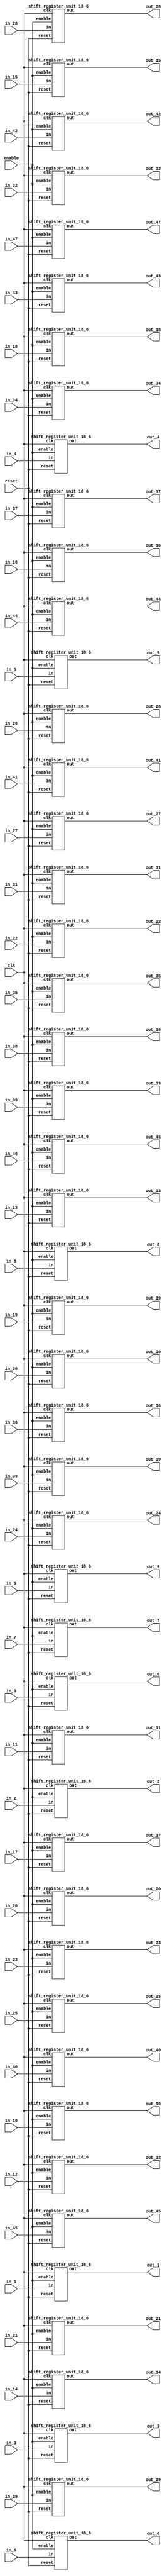
`define SIMULATION_MEMORY

module shift_register_group_18_48_6 (
	input clk,
	input enable,
	input [17:0] in_0,
	output [17:0] out_0,
	input [17:0] in_1,
	output [17:0] out_1,
	input [17:0] in_2,
	output [17:0] out_2,
	input [17:0] in_3,
	output [17:0] out_3,
	input [17:0] in_4,
	output [17:0] out_4,
	input [17:0] in_5,
	output [17:0] out_5,
	input [17:0] in_6,
	output [17:0] out_6,
	input [17:0] in_7,
	output [17:0] out_7,
	input [17:0] in_8,
	output [17:0] out_8,
	input [17:0] in_9,
	output [17:0] out_9,
	input [17:0] in_10,
	output [17:0] out_10,
	input [17:0] in_11,
	output [17:0] out_11,
	input [17:0] in_12,
	output [17:0] out_12,
	input [17:0] in_13,
	output [17:0] out_13,
	input [17:0] in_14,
	output [17:0] out_14,
	input [17:0] in_15,
	output [17:0] out_15,
	input [17:0] in_16,
	output [17:0] out_16,
	input [17:0] in_17,
	output [17:0] out_17,
	input [17:0] in_18,
	output [17:0] out_18,
	input [17:0] in_19,
	output [17:0] out_19,
	input [17:0] in_20,
	output [17:0] out_20,
	input [17:0] in_21,
	output [17:0] out_21,
	input [17:0] in_22,
	output [17:0] out_22,
	input [17:0] in_23,
	output [17:0] out_23,
	input [17:0] in_24,
	output [17:0] out_24,
	input [17:0] in_25,
	output [17:0] out_25,
	input [17:0] in_26,
	output [17:0] out_26,
	input [17:0] in_27,
	output [17:0] out_27,
	input [17:0] in_28,
	output [17:0] out_28,
	input [17:0] in_29,
	output [17:0] out_29,
	input [17:0] in_30,
	output [17:0] out_30,
	input [17:0] in_31,
	output [17:0] out_31,
	input [17:0] in_32,
	output [17:0] out_32,
	input [17:0] in_33,
	output [17:0] out_33,
	input [17:0] in_34,
	output [17:0] out_34,
	input [17:0] in_35,
	output [17:0] out_35,
	input [17:0] in_36,
	output [17:0] out_36,
	input [17:0] in_37,
	output [17:0] out_37,
	input [17:0] in_38,
	output [17:0] out_38,
	input [17:0] in_39,
	output [17:0] out_39,
	input [17:0] in_40,
	output [17:0] out_40,
	input [17:0] in_41,
	output [17:0] out_41,
	input [17:0] in_42,
	output [17:0] out_42,
	input [17:0] in_43,
	output [17:0] out_43,
	input [17:0] in_44,
	output [17:0] out_44,
	input [17:0] in_45,
	output [17:0] out_45,
	input [17:0] in_46,
	output [17:0] out_46,
	input [17:0] in_47,
	output [17:0] out_47,
	input reset
);

shift_register_unit_18_6 shift_register_unit_18_6_inst_0 (
	.clk(clk),
	.reset(reset),
	.enable(enable),
	.in(in_0),
	.out(out_0)
);

shift_register_unit_18_6 shift_register_unit_18_6_inst_1 (
	.clk(clk),
	.reset(reset),
	.enable(enable),
	.in(in_1),
	.out(out_1)
);

shift_register_unit_18_6 shift_register_unit_18_6_inst_2 (
	.clk(clk),
	.reset(reset),
	.enable(enable),
	.in(in_2),
	.out(out_2)
);

shift_register_unit_18_6 shift_register_unit_18_6_inst_3 (
	.clk(clk),
	.reset(reset),
	.enable(enable),
	.in(in_3),
	.out(out_3)
);

shift_register_unit_18_6 shift_register_unit_18_6_inst_4 (
	.clk(clk),
	.reset(reset),
	.enable(enable),
	.in(in_4),
	.out(out_4)
);

shift_register_unit_18_6 shift_register_unit_18_6_inst_5 (
	.clk(clk),
	.reset(reset),
	.enable(enable),
	.in(in_5),
	.out(out_5)
);

shift_register_unit_18_6 shift_register_unit_18_6_inst_6 (
	.clk(clk),
	.reset(reset),
	.enable(enable),
	.in(in_6),
	.out(out_6)
);

shift_register_unit_18_6 shift_register_unit_18_6_inst_7 (
	.clk(clk),
	.reset(reset),
	.enable(enable),
	.in(in_7),
	.out(out_7)
);

shift_register_unit_18_6 shift_register_unit_18_6_inst_8 (
	.clk(clk),
	.reset(reset),
	.enable(enable),
	.in(in_8),
	.out(out_8)
);

shift_register_unit_18_6 shift_register_unit_18_6_inst_9 (
	.clk(clk),
	.reset(reset),
	.enable(enable),
	.in(in_9),
	.out(out_9)
);

shift_register_unit_18_6 shift_register_unit_18_6_inst_10 (
	.clk(clk),
	.reset(reset),
	.enable(enable),
	.in(in_10),
	.out(out_10)
);

shift_register_unit_18_6 shift_register_unit_18_6_inst_11 (
	.clk(clk),
	.reset(reset),
	.enable(enable),
	.in(in_11),
	.out(out_11)
);

shift_register_unit_18_6 shift_register_unit_18_6_inst_12 (
	.clk(clk),
	.reset(reset),
	.enable(enable),
	.in(in_12),
	.out(out_12)
);

shift_register_unit_18_6 shift_register_unit_18_6_inst_13 (
	.clk(clk),
	.reset(reset),
	.enable(enable),
	.in(in_13),
	.out(out_13)
);

shift_register_unit_18_6 shift_register_unit_18_6_inst_14 (
	.clk(clk),
	.reset(reset),
	.enable(enable),
	.in(in_14),
	.out(out_14)
);

shift_register_unit_18_6 shift_register_unit_18_6_inst_15 (
	.clk(clk),
	.reset(reset),
	.enable(enable),
	.in(in_15),
	.out(out_15)
);

shift_register_unit_18_6 shift_register_unit_18_6_inst_16 (
	.clk(clk),
	.reset(reset),
	.enable(enable),
	.in(in_16),
	.out(out_16)
);

shift_register_unit_18_6 shift_register_unit_18_6_inst_17 (
	.clk(clk),
	.reset(reset),
	.enable(enable),
	.in(in_17),
	.out(out_17)
);

shift_register_unit_18_6 shift_register_unit_18_6_inst_18 (
	.clk(clk),
	.reset(reset),
	.enable(enable),
	.in(in_18),
	.out(out_18)
);

shift_register_unit_18_6 shift_register_unit_18_6_inst_19 (
	.clk(clk),
	.reset(reset),
	.enable(enable),
	.in(in_19),
	.out(out_19)
);

shift_register_unit_18_6 shift_register_unit_18_6_inst_20 (
	.clk(clk),
	.reset(reset),
	.enable(enable),
	.in(in_20),
	.out(out_20)
);

shift_register_unit_18_6 shift_register_unit_18_6_inst_21 (
	.clk(clk),
	.reset(reset),
	.enable(enable),
	.in(in_21),
	.out(out_21)
);

shift_register_unit_18_6 shift_register_unit_18_6_inst_22 (
	.clk(clk),
	.reset(reset),
	.enable(enable),
	.in(in_22),
	.out(out_22)
);

shift_register_unit_18_6 shift_register_unit_18_6_inst_23 (
	.clk(clk),
	.reset(reset),
	.enable(enable),
	.in(in_23),
	.out(out_23)
);

shift_register_unit_18_6 shift_register_unit_18_6_inst_24 (
	.clk(clk),
	.reset(reset),
	.enable(enable),
	.in(in_24),
	.out(out_24)
);

shift_register_unit_18_6 shift_register_unit_18_6_inst_25 (
	.clk(clk),
	.reset(reset),
	.enable(enable),
	.in(in_25),
	.out(out_25)
);

shift_register_unit_18_6 shift_register_unit_18_6_inst_26 (
	.clk(clk),
	.reset(reset),
	.enable(enable),
	.in(in_26),
	.out(out_26)
);

shift_register_unit_18_6 shift_register_unit_18_6_inst_27 (
	.clk(clk),
	.reset(reset),
	.enable(enable),
	.in(in_27),
	.out(out_27)
);

shift_register_unit_18_6 shift_register_unit_18_6_inst_28 (
	.clk(clk),
	.reset(reset),
	.enable(enable),
	.in(in_28),
	.out(out_28)
);

shift_register_unit_18_6 shift_register_unit_18_6_inst_29 (
	.clk(clk),
	.reset(reset),
	.enable(enable),
	.in(in_29),
	.out(out_29)
);

shift_register_unit_18_6 shift_register_unit_18_6_inst_30 (
	.clk(clk),
	.reset(reset),
	.enable(enable),
	.in(in_30),
	.out(out_30)
);

shift_register_unit_18_6 shift_register_unit_18_6_inst_31 (
	.clk(clk),
	.reset(reset),
	.enable(enable),
	.in(in_31),
	.out(out_31)
);

shift_register_unit_18_6 shift_register_unit_18_6_inst_32 (
	.clk(clk),
	.reset(reset),
	.enable(enable),
	.in(in_32),
	.out(out_32)
);

shift_register_unit_18_6 shift_register_unit_18_6_inst_33 (
	.clk(clk),
	.reset(reset),
	.enable(enable),
	.in(in_33),
	.out(out_33)
);

shift_register_unit_18_6 shift_register_unit_18_6_inst_34 (
	.clk(clk),
	.reset(reset),
	.enable(enable),
	.in(in_34),
	.out(out_34)
);

shift_register_unit_18_6 shift_register_unit_18_6_inst_35 (
	.clk(clk),
	.reset(reset),
	.enable(enable),
	.in(in_35),
	.out(out_35)
);

shift_register_unit_18_6 shift_register_unit_18_6_inst_36 (
	.clk(clk),
	.reset(reset),
	.enable(enable),
	.in(in_36),
	.out(out_36)
);

shift_register_unit_18_6 shift_register_unit_18_6_inst_37 (
	.clk(clk),
	.reset(reset),
	.enable(enable),
	.in(in_37),
	.out(out_37)
);

shift_register_unit_18_6 shift_register_unit_18_6_inst_38 (
	.clk(clk),
	.reset(reset),
	.enable(enable),
	.in(in_38),
	.out(out_38)
);

shift_register_unit_18_6 shift_register_unit_18_6_inst_39 (
	.clk(clk),
	.reset(reset),
	.enable(enable),
	.in(in_39),
	.out(out_39)
);

shift_register_unit_18_6 shift_register_unit_18_6_inst_40 (
	.clk(clk),
	.reset(reset),
	.enable(enable),
	.in(in_40),
	.out(out_40)
);

shift_register_unit_18_6 shift_register_unit_18_6_inst_41 (
	.clk(clk),
	.reset(reset),
	.enable(enable),
	.in(in_41),
	.out(out_41)
);

shift_register_unit_18_6 shift_register_unit_18_6_inst_42 (
	.clk(clk),
	.reset(reset),
	.enable(enable),
	.in(in_42),
	.out(out_42)
);

shift_register_unit_18_6 shift_register_unit_18_6_inst_43 (
	.clk(clk),
	.reset(reset),
	.enable(enable),
	.in(in_43),
	.out(out_43)
);

shift_register_unit_18_6 shift_register_unit_18_6_inst_44 (
	.clk(clk),
	.reset(reset),
	.enable(enable),
	.in(in_44),
	.out(out_44)
);

shift_register_unit_18_6 shift_register_unit_18_6_inst_45 (
	.clk(clk),
	.reset(reset),
	.enable(enable),
	.in(in_45),
	.out(out_45)
);

shift_register_unit_18_6 shift_register_unit_18_6_inst_46 (
	.clk(clk),
	.reset(reset),
	.enable(enable),
	.in(in_46),
	.out(out_46)
);

shift_register_unit_18_6 shift_register_unit_18_6_inst_47 (
	.clk(clk),
	.reset(reset),
	.enable(enable),
	.in(in_47),
	.out(out_47)
);

endmodule
module shift_register_unit_18_6 (
	input clk,
	input reset,
	input enable,
	input [17:0] in,
	output [17:0] out
);

reg [17:0] shift_registers_0;
reg [17:0] shift_registers_1;
reg [17:0] shift_registers_2;
reg [17:0] shift_registers_3;
reg [17:0] shift_registers_4;
reg [17:0] shift_registers_5;
always @ (posedge clk) begin
	if (reset) begin
		shift_registers_0 <= 18'd0;
		shift_registers_1 <= 18'd0;
		shift_registers_2 <= 18'd0;
		shift_registers_3 <= 18'd0;
		shift_registers_4 <= 18'd0;
		shift_registers_5 <= 18'd0;
	end else if (enable) begin
		shift_registers_0 <= in;
		shift_registers_1 <= shift_registers_0;
		shift_registers_2 <= shift_registers_1;
		shift_registers_3 <= shift_registers_2;
		shift_registers_4 <= shift_registers_3;
		shift_registers_5 <= shift_registers_4;
	end
end

assign out = shift_registers_5;

endmodule